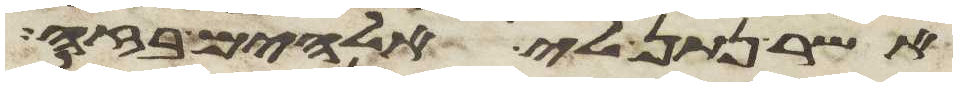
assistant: אשר נתן לי אלהים בזה